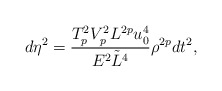
\begin{align*}d\eta^2={{T^2_pV^2_pL^{2p}u^4_0}\over{E^2\tilde{L}^4}}\rho^{2p}dt^2,\end{align*}